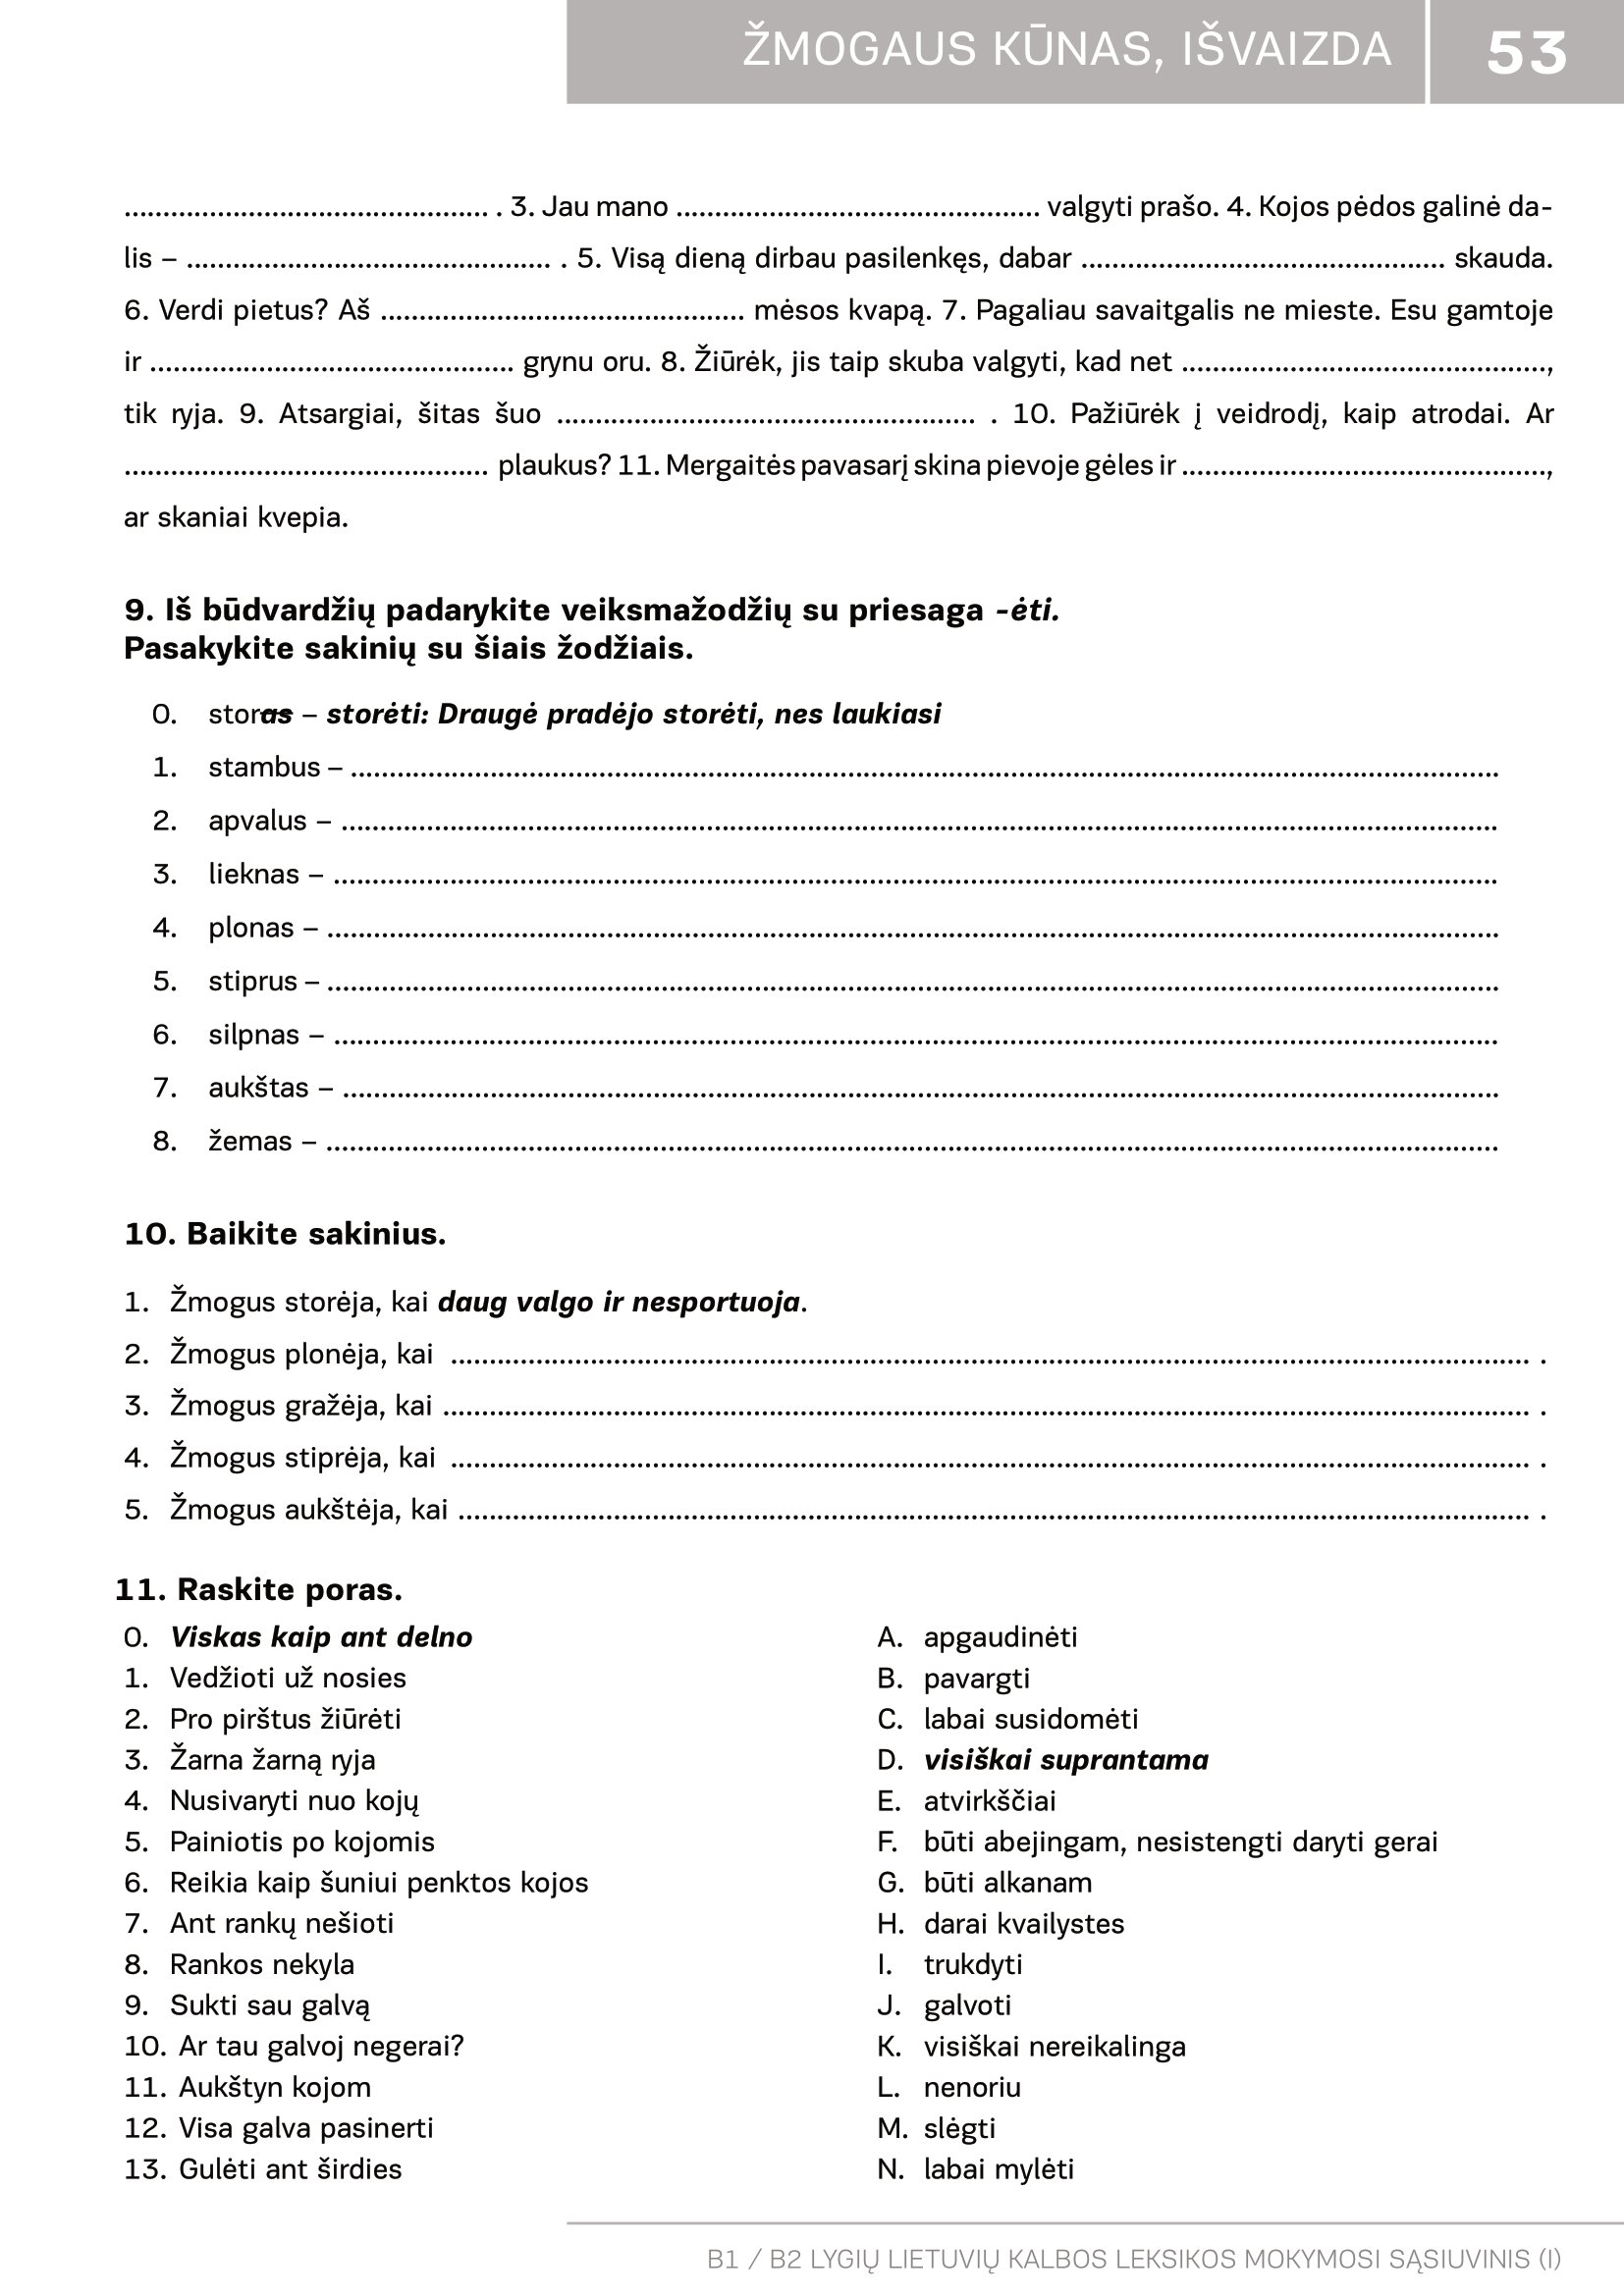
Language: lt